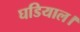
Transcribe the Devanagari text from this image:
घडियाल।